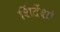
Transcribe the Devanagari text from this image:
शिंदेंशी